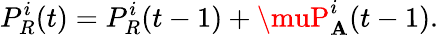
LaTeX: P_{R}^{i}(t)=P_{R}^{i}(t-1)+\muP_{\mathbf{A}}^{i}(t-1).